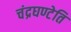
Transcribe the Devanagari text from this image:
चंद्रघण्टेति